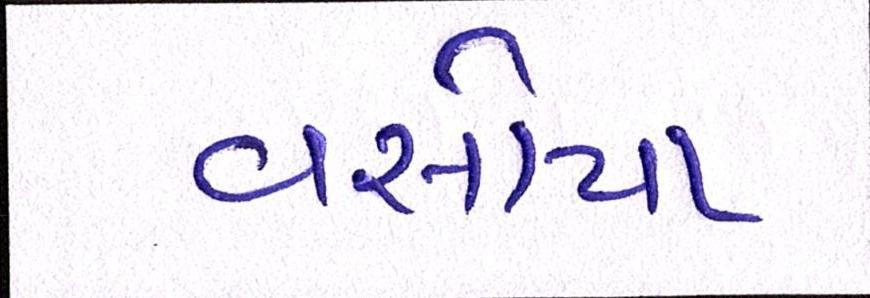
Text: વસોયા